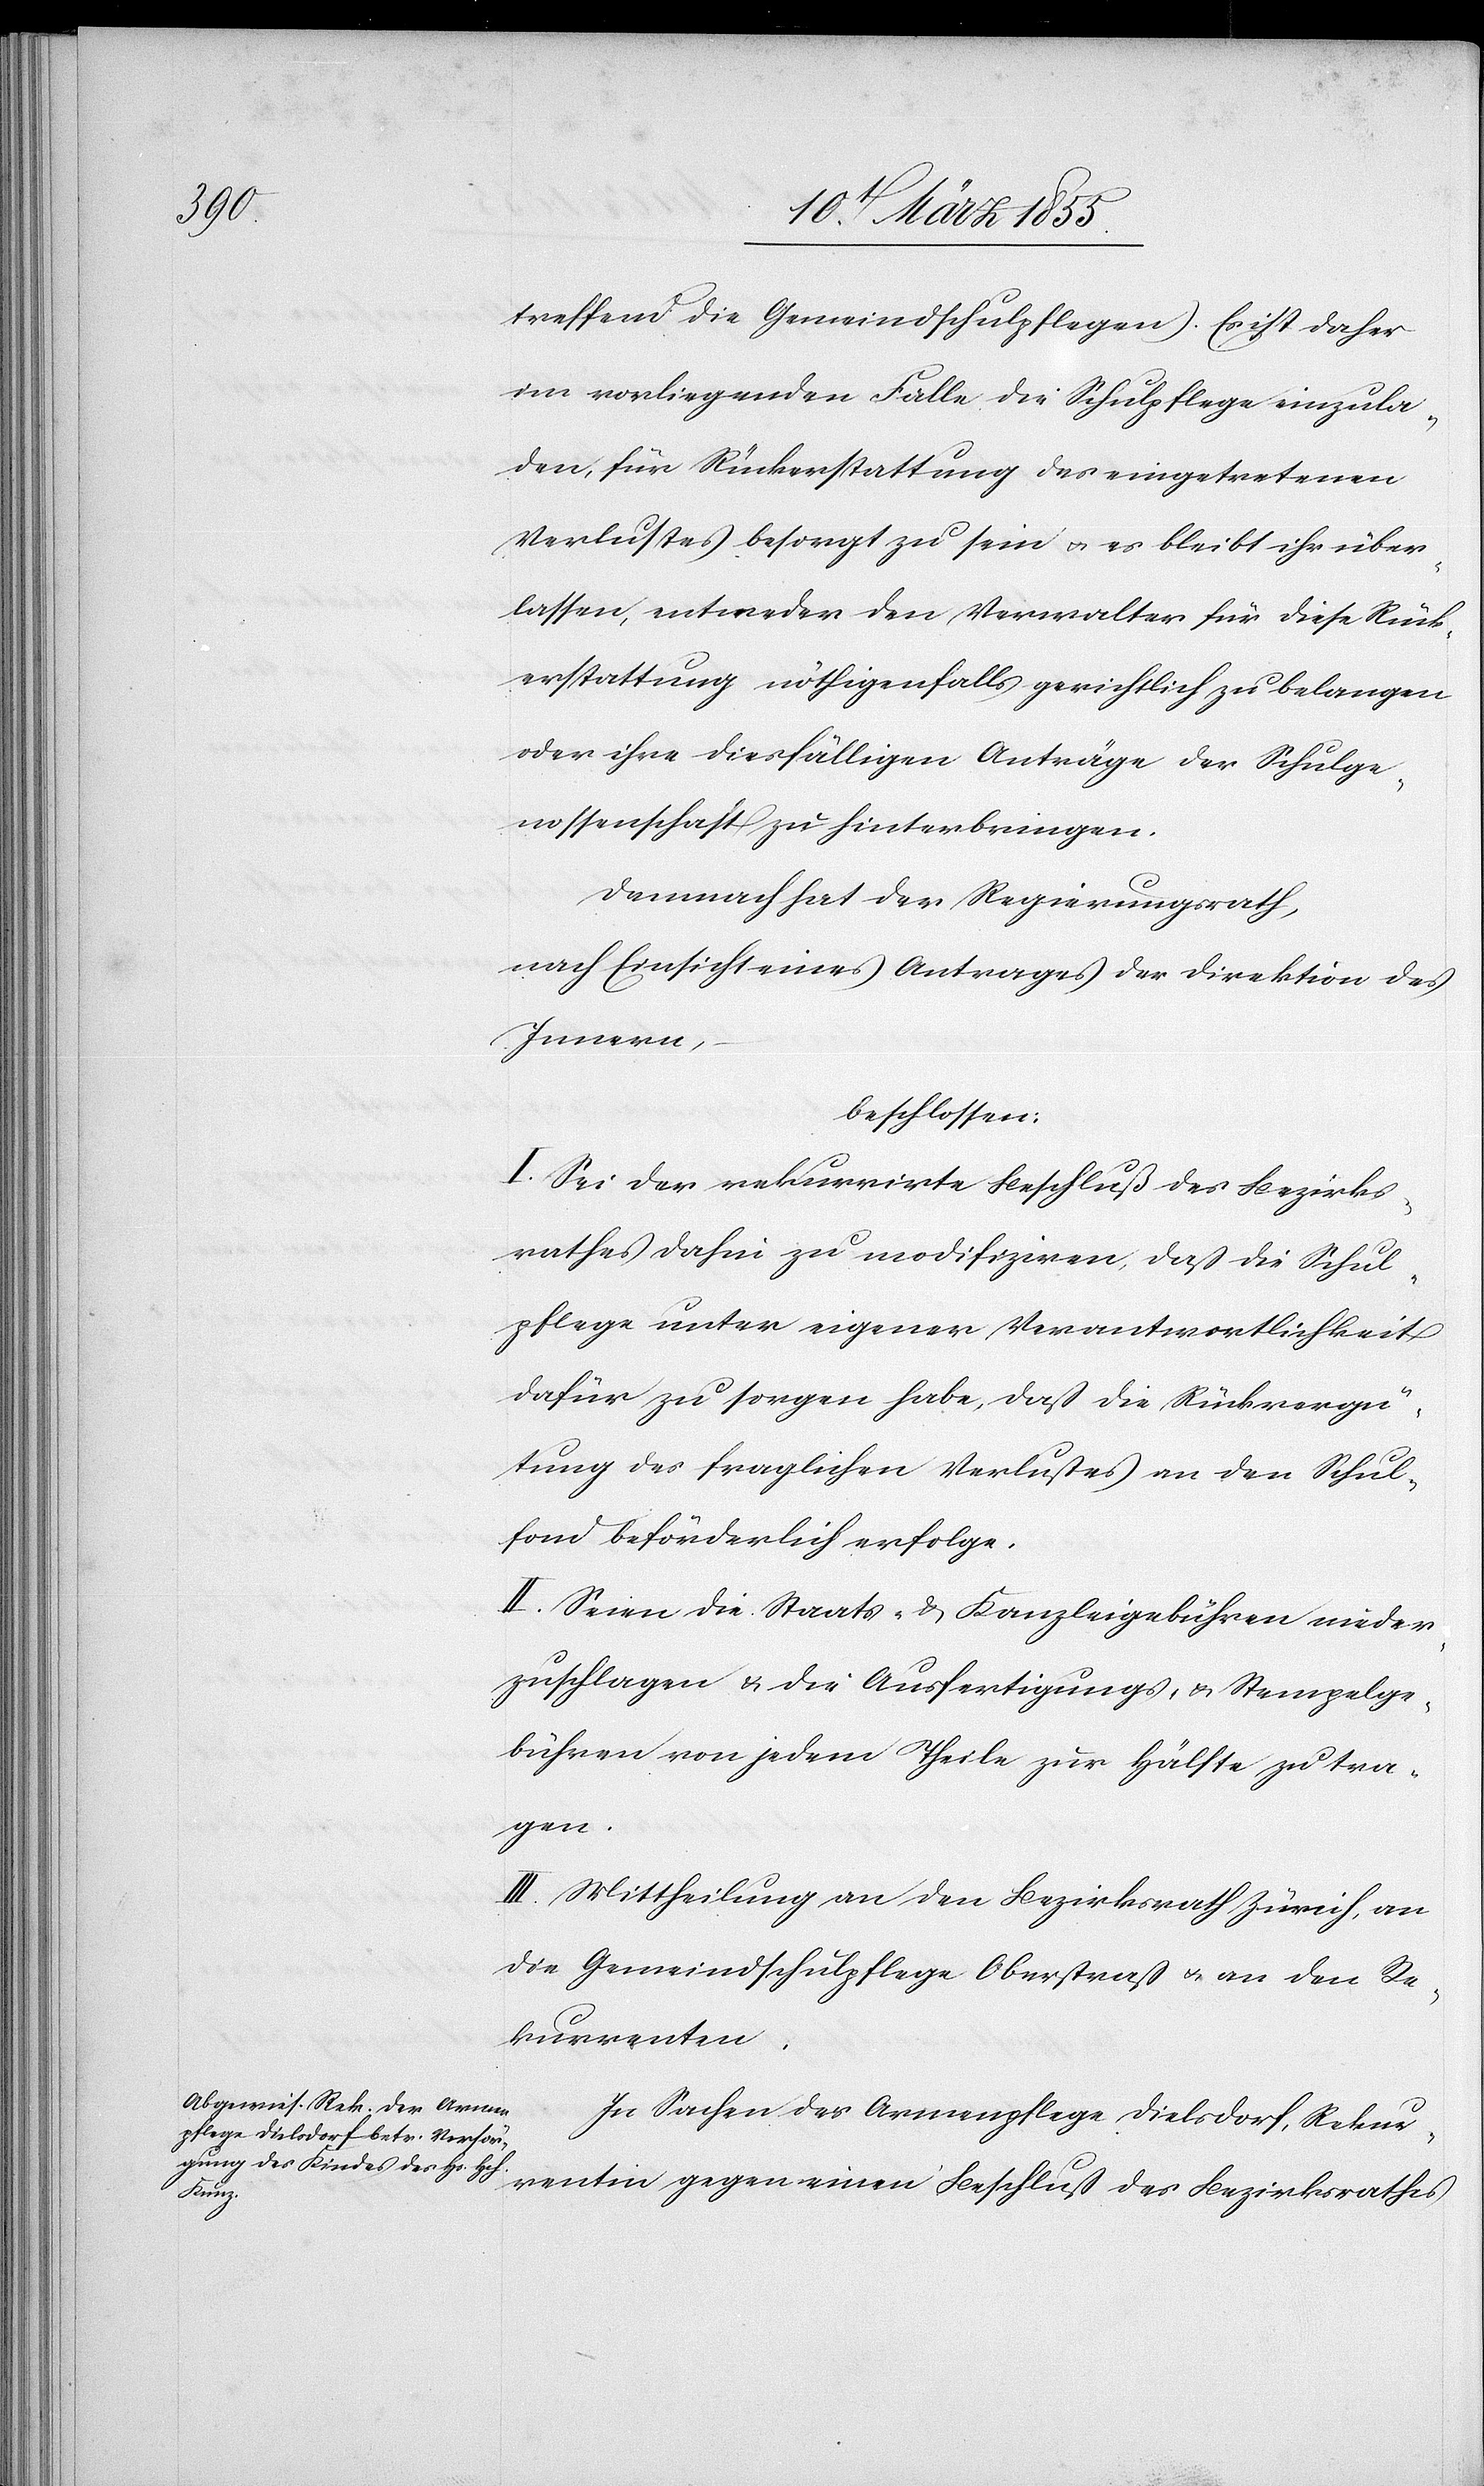
treffend die Gemeindschulpflegen). Es ist daher
im vorliegenden Falle die Schulpflege einzula¬
den, für Rückerstattung des eingetretenen
Verlustes besorgt zu sein & es bleibt ihr über¬
lassen, entweder den Verwalter für diese Rück¬
erstattung nöthigenfalls gerichtlich zu belangen
oder ihre diesfälligen Anträge der Schulge¬
nossenschaft zu hinterbringen.
Demnach hat der Regierungsrath,
nach Einsicht eine Antrages der Direktion des
Innern,
beschlossen:
I. Sei der rekurrirte Beschluß des Bezirks¬
rathes dahin zu modifiziren, daß die Schul¬
pflege unter eigener Verantwortlichkeit
dafür zu sorgen habe, daß die Rückvergü¬
tung des fraglichen Verlustes an den Schul¬
fond beförderlich erfolge.
II. Seien die Staats- & Kanzleigebühren nieder¬
zuschlagen & die Ausfertigungs- & Stempelge¬
bühren von jedem Theile zur Hälfte zu tra¬
gen.
III. Mittheilung an den Bezirksrath Zürich, an
die Gemeindschulpflege Oberstraß & an den Re¬
kurrenten.